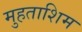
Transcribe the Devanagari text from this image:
मुहताशिम